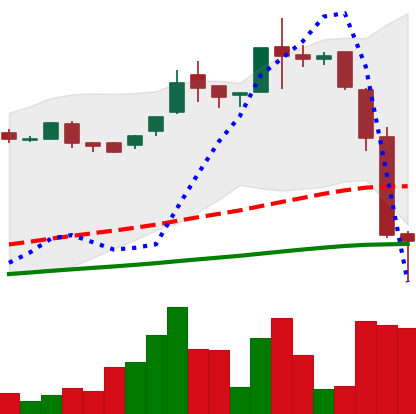
Ticker: LTC-USD
Chart end date: 2016-06-23
Forward return: 6.497%
Label: up_5_7